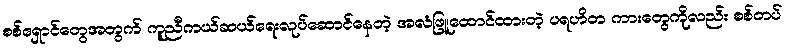
စစ်ရှောင်တွေအတွက် ကူညီကယ်ဆယ်ရေးလုပ်ဆောင်နေတဲ့ အလံဖြူထောင်ထားတဲ့ ပရဟိတ ကားတွေကိုလည်း စစ်တပ်